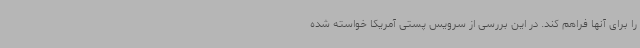
را برای آنها فراهم کند. در این بررسی از سرویس پستی آمریکا خواسته شده